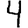
Digit: 4